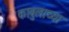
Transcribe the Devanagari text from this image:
काबुलाच्या